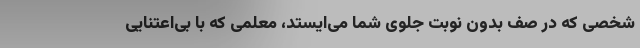
شخصی که در صف بدون نوبت جلوی شما می‌ایستد، معلمی که با بی‌اعتنایی